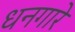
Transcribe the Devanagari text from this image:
धनगारे